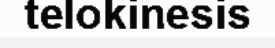
telokinesis